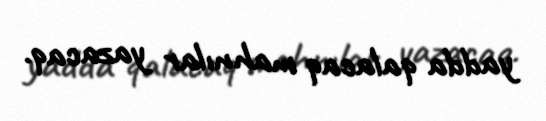
yadda qalacaq mahnılar yazacaq.